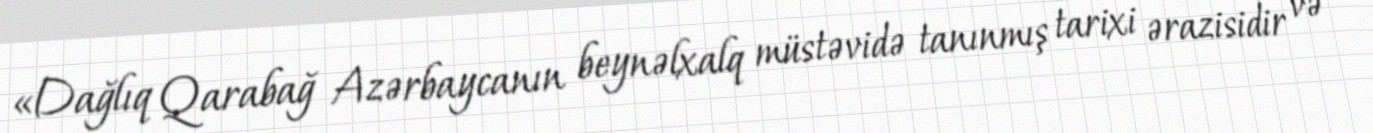
«Dağlıq Qarabağ Azərbaycanın beynəlxalq müstəvidə tanınmış tarixi ərazisidir və